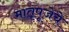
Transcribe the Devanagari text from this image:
मातृपूजेचे